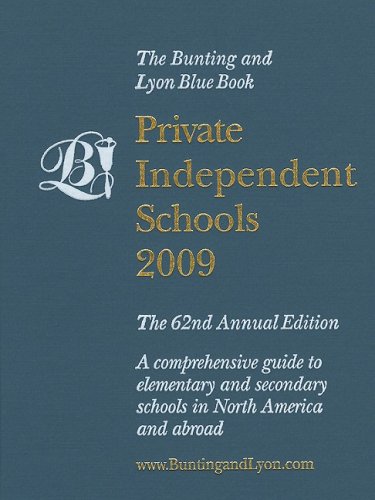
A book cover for Private Independent Schools; Test Preparation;